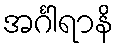
အင်္ဂါရာနိ